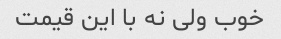
خوب ولی نه با این قیمت